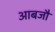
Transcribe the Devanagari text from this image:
आबजौ